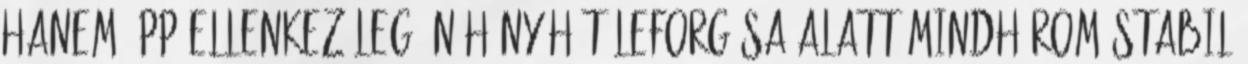
hanem épp ellenkezőleg. Né­hány hét leforgása alatt mindhárom stabil